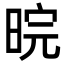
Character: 晥